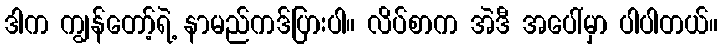
ဒါက ကျွန်တော့်ရဲ့ နာမည်ကဒ်ပြားပါ။ လိပ်စာက အဲဒီ အပေါ်မှာ ပါပါတယ်။